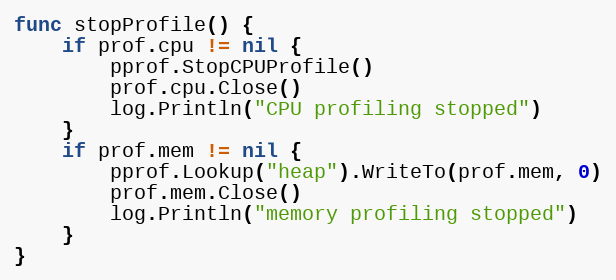
Language: Go
func stopProfile() {
	if prof.cpu != nil {
		pprof.StopCPUProfile()
		prof.cpu.Close()
		log.Println("CPU profiling stopped")
	}
	if prof.mem != nil {
		pprof.Lookup("heap").WriteTo(prof.mem, 0)
		prof.mem.Close()
		log.Println("memory profiling stopped")
	}
}